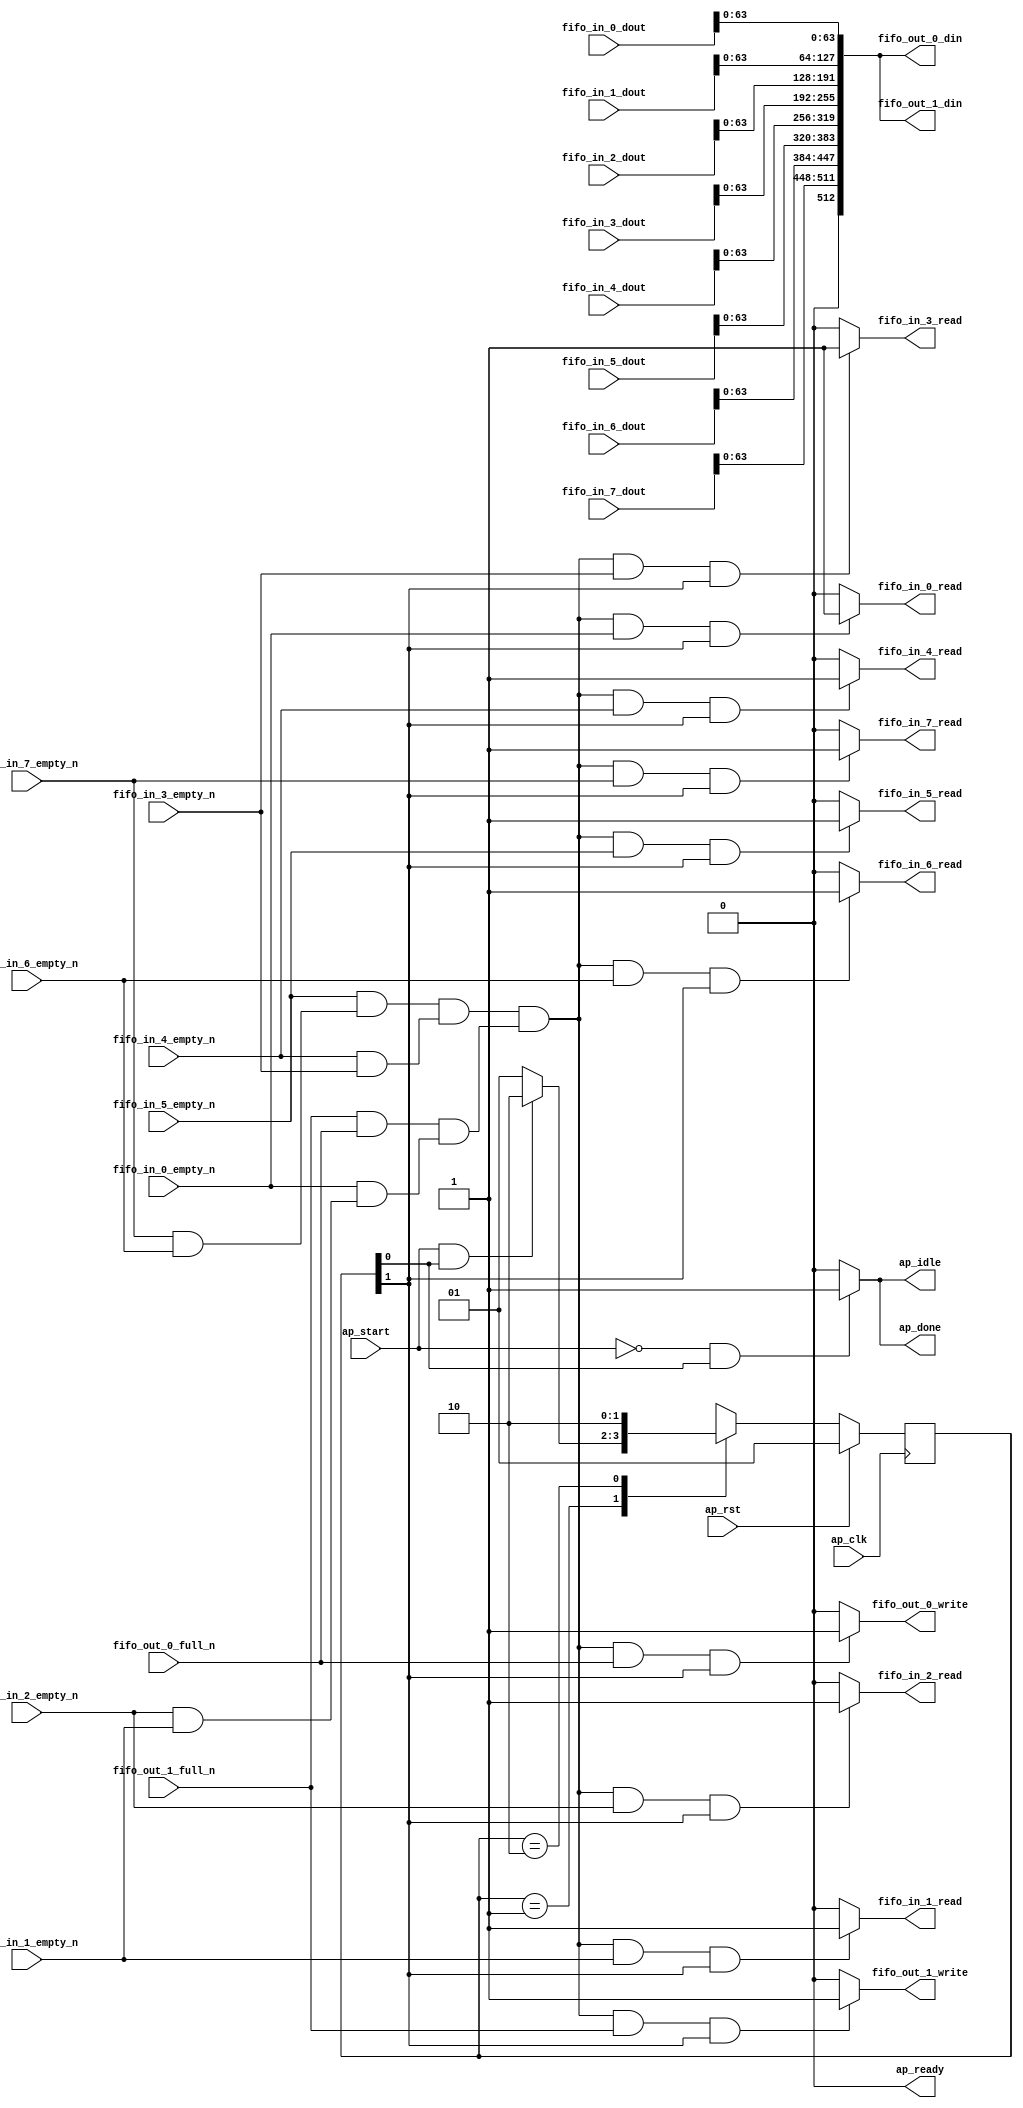
// ==============================================================
// RTL generated by Vitis HLS - High-Level Synthesis from C, C++ and OpenCL v2022.2 (64-bit)
// Version: 2022.2
// Copyright (C) Copyright 1986-2022 Xilinx, Inc. All Rights Reserved.
//
// ===========================================================

`timescale 1 ns / 1 ps

module Merger_Y_Merger_Y_Pipeline_VITIS_LOOP_327_1 (
        ap_clk,
        ap_rst,
        ap_start,
        ap_done,
        ap_idle,
        ap_ready,
        fifo_out_0_din,
        fifo_out_0_full_n,
        fifo_out_0_write,
        fifo_out_1_din,
        fifo_out_1_full_n,
        fifo_out_1_write,
        fifo_in_0_dout,
        fifo_in_0_empty_n,
        fifo_in_0_read,
        fifo_in_1_dout,
        fifo_in_1_empty_n,
        fifo_in_1_read,
        fifo_in_2_dout,
        fifo_in_2_empty_n,
        fifo_in_2_read,
        fifo_in_3_dout,
        fifo_in_3_empty_n,
        fifo_in_3_read,
        fifo_in_4_dout,
        fifo_in_4_empty_n,
        fifo_in_4_read,
        fifo_in_5_dout,
        fifo_in_5_empty_n,
        fifo_in_5_read,
        fifo_in_6_dout,
        fifo_in_6_empty_n,
        fifo_in_6_read,
        fifo_in_7_dout,
        fifo_in_7_empty_n,
        fifo_in_7_read
);

parameter    ap_ST_fsm_state1 = 2'd1;
parameter    ap_ST_fsm_state2 = 2'd2;

input   ap_clk;
input   ap_rst;
input   ap_start;
output   ap_done;
output   ap_idle;
output   ap_ready;
output  [512:0] fifo_out_0_din;
input   fifo_out_0_full_n;
output   fifo_out_0_write;
output  [512:0] fifo_out_1_din;
input   fifo_out_1_full_n;
output   fifo_out_1_write;
input  [64:0] fifo_in_0_dout;
input   fifo_in_0_empty_n;
output   fifo_in_0_read;
input  [64:0] fifo_in_1_dout;
input   fifo_in_1_empty_n;
output   fifo_in_1_read;
input  [64:0] fifo_in_2_dout;
input   fifo_in_2_empty_n;
output   fifo_in_2_read;
input  [64:0] fifo_in_3_dout;
input   fifo_in_3_empty_n;
output   fifo_in_3_read;
input  [64:0] fifo_in_4_dout;
input   fifo_in_4_empty_n;
output   fifo_in_4_read;
input  [64:0] fifo_in_5_dout;
input   fifo_in_5_empty_n;
output   fifo_in_5_read;
input  [64:0] fifo_in_6_dout;
input   fifo_in_6_empty_n;
output   fifo_in_6_read;
input  [64:0] fifo_in_7_dout;
input   fifo_in_7_empty_n;
output   fifo_in_7_read;

reg ap_done;
reg ap_idle;
reg fifo_out_0_write;
reg fifo_out_1_write;
reg fifo_in_0_read;
reg fifo_in_1_read;
reg fifo_in_2_read;
reg fifo_in_3_read;
reg fifo_in_4_read;
reg fifo_in_5_read;
reg fifo_in_6_read;
reg fifo_in_7_read;

(* fsm_encoding = "none" *) reg   [1:0] ap_CS_fsm;
wire    ap_CS_fsm_state1;
wire   [0:0] tmp_2_nbreadreq_fu_66_p3;
wire   [0:0] tmp_3_nbreadreq_fu_74_p3;
wire   [0:0] tmp_4_nbreadreq_fu_82_p3;
wire   [0:0] tmp_5_nbreadreq_fu_90_p3;
wire   [0:0] tmp_6_nbreadreq_fu_98_p3;
wire   [0:0] tmp_7_nbreadreq_fu_106_p3;
wire   [0:0] tmp_8_nbreadreq_fu_114_p3;
wire   [0:0] tmp_9_nbreadreq_fu_122_p3;
wire    ap_CS_fsm_state2;
wire   [0:0] and_ln331_7_fu_240_p2;
wire   [512:0] p_0_fu_310_p10;
wire   [0:0] and_ln331_fu_192_p0;
wire   [0:0] and_ln331_fu_192_p1;
wire   [0:0] and_ln331_1_fu_198_p2;
wire   [0:0] and_ln331_2_fu_204_p2;
wire   [0:0] and_ln331_fu_192_p2;
wire   [0:0] and_ln331_5_fu_222_p2;
wire   [0:0] and_ln331_6_fu_228_p2;
wire   [0:0] and_ln331_4_fu_216_p2;
wire   [0:0] and_ln331_8_fu_234_p2;
wire   [0:0] and_ln331_3_fu_210_p2;
wire   [63:0] trunc_ln146_6_fu_306_p1;
wire   [63:0] trunc_ln146_5_fu_302_p1;
wire   [63:0] trunc_ln146_4_fu_298_p1;
wire   [63:0] trunc_ln146_3_fu_294_p1;
wire   [63:0] trunc_ln146_2_fu_290_p1;
wire   [63:0] trunc_ln146_1_fu_286_p1;
wire   [63:0] trunc_ln146_fu_282_p1;
wire   [63:0] elem_val_fu_250_p1;
reg   [1:0] ap_NS_fsm;
reg    ap_ST_fsm_state1_blk;
wire    ap_ST_fsm_state2_blk;
wire    ap_ce_reg;

// power-on initialization
initial begin
#0 ap_CS_fsm = 2'd1;
end

always @ (posedge ap_clk) begin
    if (ap_rst == 1'b1) begin
        ap_CS_fsm <= ap_ST_fsm_state1;
    end else begin
        ap_CS_fsm <= ap_NS_fsm;
    end
end

always @ (*) begin
    if ((ap_start == 1'b0)) begin
        ap_ST_fsm_state1_blk = 1'b1;
    end else begin
        ap_ST_fsm_state1_blk = 1'b0;
    end
end

assign ap_ST_fsm_state2_blk = 1'b0;

always @ (*) begin
    if (((ap_start == 1'b0) & (1'b1 == ap_CS_fsm_state1))) begin
        ap_done = 1'b1;
    end else begin
        ap_done = 1'b0;
    end
end

always @ (*) begin
    if (((ap_start == 1'b0) & (1'b1 == ap_CS_fsm_state1))) begin
        ap_idle = 1'b1;
    end else begin
        ap_idle = 1'b0;
    end
end

always @ (*) begin
    if (((1'd1 == and_ln331_7_fu_240_p2) & (fifo_in_0_empty_n == 1'b1) & (1'b1 == ap_CS_fsm_state2))) begin
        fifo_in_0_read = 1'b1;
    end else begin
        fifo_in_0_read = 1'b0;
    end
end

always @ (*) begin
    if (((1'd1 == and_ln331_7_fu_240_p2) & (fifo_in_1_empty_n == 1'b1) & (1'b1 == ap_CS_fsm_state2))) begin
        fifo_in_1_read = 1'b1;
    end else begin
        fifo_in_1_read = 1'b0;
    end
end

always @ (*) begin
    if (((1'd1 == and_ln331_7_fu_240_p2) & (fifo_in_2_empty_n == 1'b1) & (1'b1 == ap_CS_fsm_state2))) begin
        fifo_in_2_read = 1'b1;
    end else begin
        fifo_in_2_read = 1'b0;
    end
end

always @ (*) begin
    if (((1'd1 == and_ln331_7_fu_240_p2) & (fifo_in_3_empty_n == 1'b1) & (1'b1 == ap_CS_fsm_state2))) begin
        fifo_in_3_read = 1'b1;
    end else begin
        fifo_in_3_read = 1'b0;
    end
end

always @ (*) begin
    if (((1'd1 == and_ln331_7_fu_240_p2) & (fifo_in_4_empty_n == 1'b1) & (1'b1 == ap_CS_fsm_state2))) begin
        fifo_in_4_read = 1'b1;
    end else begin
        fifo_in_4_read = 1'b0;
    end
end

always @ (*) begin
    if (((1'd1 == and_ln331_7_fu_240_p2) & (fifo_in_5_empty_n == 1'b1) & (1'b1 == ap_CS_fsm_state2))) begin
        fifo_in_5_read = 1'b1;
    end else begin
        fifo_in_5_read = 1'b0;
    end
end

always @ (*) begin
    if (((1'd1 == and_ln331_7_fu_240_p2) & (fifo_in_6_empty_n == 1'b1) & (1'b1 == ap_CS_fsm_state2))) begin
        fifo_in_6_read = 1'b1;
    end else begin
        fifo_in_6_read = 1'b0;
    end
end

always @ (*) begin
    if (((1'd1 == and_ln331_7_fu_240_p2) & (fifo_in_7_empty_n == 1'b1) & (1'b1 == ap_CS_fsm_state2))) begin
        fifo_in_7_read = 1'b1;
    end else begin
        fifo_in_7_read = 1'b0;
    end
end

always @ (*) begin
    if (((1'd1 == and_ln331_7_fu_240_p2) & (fifo_out_0_full_n == 1'b1) & (1'b1 == ap_CS_fsm_state2))) begin
        fifo_out_0_write = 1'b1;
    end else begin
        fifo_out_0_write = 1'b0;
    end
end

always @ (*) begin
    if (((1'd1 == and_ln331_7_fu_240_p2) & (fifo_out_1_full_n == 1'b1) & (1'b1 == ap_CS_fsm_state2))) begin
        fifo_out_1_write = 1'b1;
    end else begin
        fifo_out_1_write = 1'b0;
    end
end

always @ (*) begin
    case (ap_CS_fsm)
        ap_ST_fsm_state1 : begin
            if (((ap_start == 1'b1) & (1'b1 == ap_CS_fsm_state1))) begin
                ap_NS_fsm = ap_ST_fsm_state2;
            end else begin
                ap_NS_fsm = ap_ST_fsm_state1;
            end
        end
        ap_ST_fsm_state2 : begin
            ap_NS_fsm = ap_ST_fsm_state2;
        end
        default : begin
            ap_NS_fsm = 'bx;
        end
    endcase
end

assign and_ln331_1_fu_198_p2 = (tmp_4_nbreadreq_fu_82_p3 & tmp_3_nbreadreq_fu_74_p3);

assign and_ln331_2_fu_204_p2 = (tmp_2_nbreadreq_fu_66_p3 & and_ln331_1_fu_198_p2);

assign and_ln331_3_fu_210_p2 = (and_ln331_fu_192_p2 & and_ln331_2_fu_204_p2);

assign and_ln331_4_fu_216_p2 = (tmp_6_nbreadreq_fu_98_p3 & tmp_5_nbreadreq_fu_90_p3);

assign and_ln331_5_fu_222_p2 = (tmp_9_nbreadreq_fu_122_p3 & tmp_8_nbreadreq_fu_114_p3);

assign and_ln331_6_fu_228_p2 = (tmp_7_nbreadreq_fu_106_p3 & and_ln331_5_fu_222_p2);

assign and_ln331_7_fu_240_p2 = (and_ln331_8_fu_234_p2 & and_ln331_3_fu_210_p2);

assign and_ln331_8_fu_234_p2 = (and_ln331_6_fu_228_p2 & and_ln331_4_fu_216_p2);

assign and_ln331_fu_192_p0 = fifo_out_0_full_n;

assign and_ln331_fu_192_p1 = fifo_out_1_full_n;

assign and_ln331_fu_192_p2 = (and_ln331_fu_192_p1 & and_ln331_fu_192_p0);

assign ap_CS_fsm_state1 = ap_CS_fsm[32'd0];

assign ap_CS_fsm_state2 = ap_CS_fsm[32'd1];

assign ap_ready = 1'b0;

assign elem_val_fu_250_p1 = fifo_in_0_dout[63:0];

assign fifo_out_0_din = p_0_fu_310_p10;

assign fifo_out_1_din = p_0_fu_310_p10;

assign p_0_fu_310_p10 = {{{{{{{{{{{{{{{{1'd0}, {trunc_ln146_6_fu_306_p1}}}, {trunc_ln146_5_fu_302_p1}}}, {trunc_ln146_4_fu_298_p1}}}, {trunc_ln146_3_fu_294_p1}}}, {trunc_ln146_2_fu_290_p1}}}, {trunc_ln146_1_fu_286_p1}}}, {trunc_ln146_fu_282_p1}}}, {elem_val_fu_250_p1}};

assign tmp_2_nbreadreq_fu_66_p3 = fifo_in_0_empty_n;

assign tmp_3_nbreadreq_fu_74_p3 = fifo_in_1_empty_n;

assign tmp_4_nbreadreq_fu_82_p3 = fifo_in_2_empty_n;

assign tmp_5_nbreadreq_fu_90_p3 = fifo_in_3_empty_n;

assign tmp_6_nbreadreq_fu_98_p3 = fifo_in_4_empty_n;

assign tmp_7_nbreadreq_fu_106_p3 = fifo_in_5_empty_n;

assign tmp_8_nbreadreq_fu_114_p3 = fifo_in_6_empty_n;

assign tmp_9_nbreadreq_fu_122_p3 = fifo_in_7_empty_n;

assign trunc_ln146_1_fu_286_p1 = fifo_in_2_dout[63:0];

assign trunc_ln146_2_fu_290_p1 = fifo_in_3_dout[63:0];

assign trunc_ln146_3_fu_294_p1 = fifo_in_4_dout[63:0];

assign trunc_ln146_4_fu_298_p1 = fifo_in_5_dout[63:0];

assign trunc_ln146_5_fu_302_p1 = fifo_in_6_dout[63:0];

assign trunc_ln146_6_fu_306_p1 = fifo_in_7_dout[63:0];

assign trunc_ln146_fu_282_p1 = fifo_in_1_dout[63:0];

endmodule //Merger_Y_Merger_Y_Pipeline_VITIS_LOOP_327_1